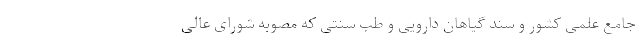
جامع علمی کشور و سند گیاهان دارویی و طب سنتی که مصوبه شورای عالی